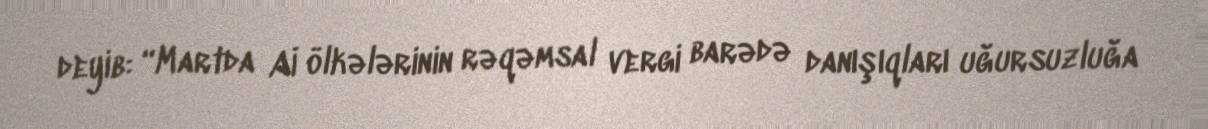
deyib: “Martda Aİ ölkələrinin rəqəmsal vergi barədə danışıqları uğursuzluğa